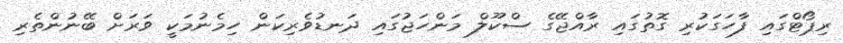
ރިޕޯޓްގައި ފާހަގަކުރި ގޮތުގައި ރާއްޖޭގެ ސްކޫލް މަންހަޖުގައި ދަނޑުވެރިކަން ހިމެނުމަކީ ވަރަށް ބޭނުންތެރި